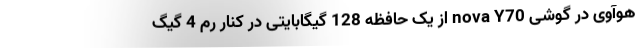
هوآوی در گوشی nova Y70 از یک حافظه 128 گیگابایتی در کنار رم 4 گیگ